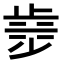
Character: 𣥿